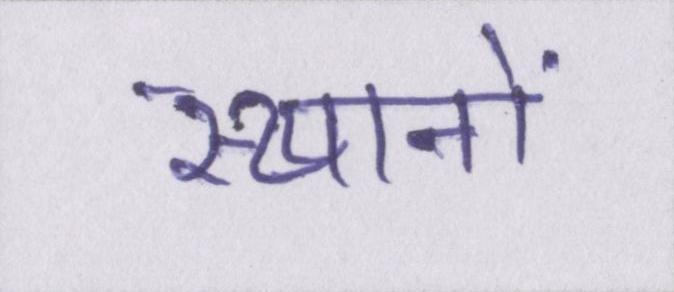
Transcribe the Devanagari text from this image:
स्थानों